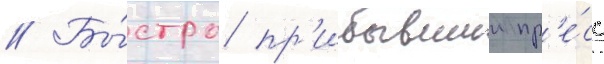
// Бы́стро пр'ибывшии пр'е́сс